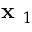
\textbf { x } _ { 1 }